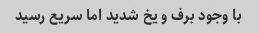
با وجود برف و یخ شدید اما سریع رسید